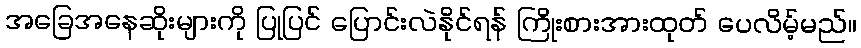
အခြေအနေဆိုးများကို ပြုပြင် ပြောင်းလဲနိုင်ရန် ကြိုးစားအားထုတ် ပေလိမ့်မည်။